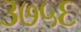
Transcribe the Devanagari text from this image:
३७५६